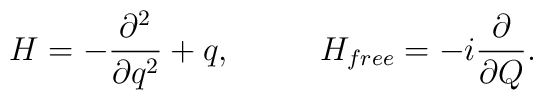
H=-{\frac{\partial ^2}{\partial q^2}}+q,~~~~~~~~H_{free}=-i{\frac \partial{\partial Q}}.